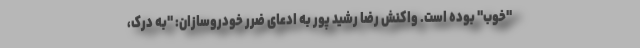
"خوب" بوده است. واکنش رضا رشید پور به ادعای ضرر خودروسازان: "به درک،